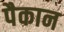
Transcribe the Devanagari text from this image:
पैकान